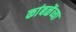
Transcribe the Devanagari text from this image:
कांबळेंच्या